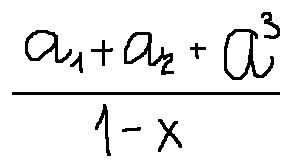
\frac { a _ { 1 } + a _ { 2 } + a ^ { 3 } } { 1 - x }